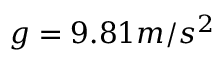
g = 9 . 8 1 m / s ^ { 2 }